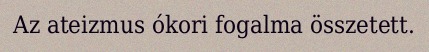
Az ateizmus ókori fogalma összetett.